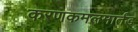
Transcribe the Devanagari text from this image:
करणकमलमार्तंड